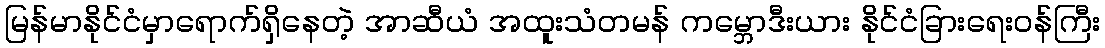
မြန်မာနိုင်ငံမှာရောက်ရှိနေတဲ့ အာဆီယံ အထူးသံတမန် ကမ္ဘောဒီးယား နိုင်ငံခြားရေးဝန်ကြီး